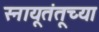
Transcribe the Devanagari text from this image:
स्नायूतंतूच्या